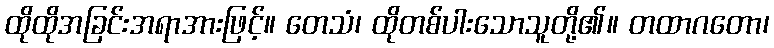
ထိုထိုအခြင်းအရာအားဖြင့်။ တေသံ၊ ထိုတစ်ပါးသောသူတို့၏။ တထာဂတော၊